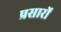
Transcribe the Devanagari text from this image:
प्रसारों